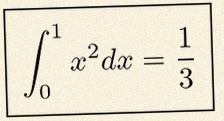
\int_0^1 x^2dx=\frac13